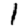
Digit: 1